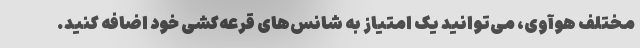
مختلف هوآوی، می‌توانید یک امتیاز به شانس‌های قرعه‌کشی خود اضافه کنید.